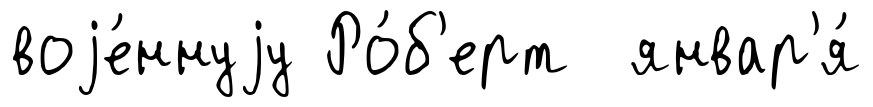
воjе́ннуjу Ро́б'ерт январ'я́